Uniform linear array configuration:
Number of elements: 12
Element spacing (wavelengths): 0.75
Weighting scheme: kaiser
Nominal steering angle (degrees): -60
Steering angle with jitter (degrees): -58.123
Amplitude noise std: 0.05
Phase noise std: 0.05

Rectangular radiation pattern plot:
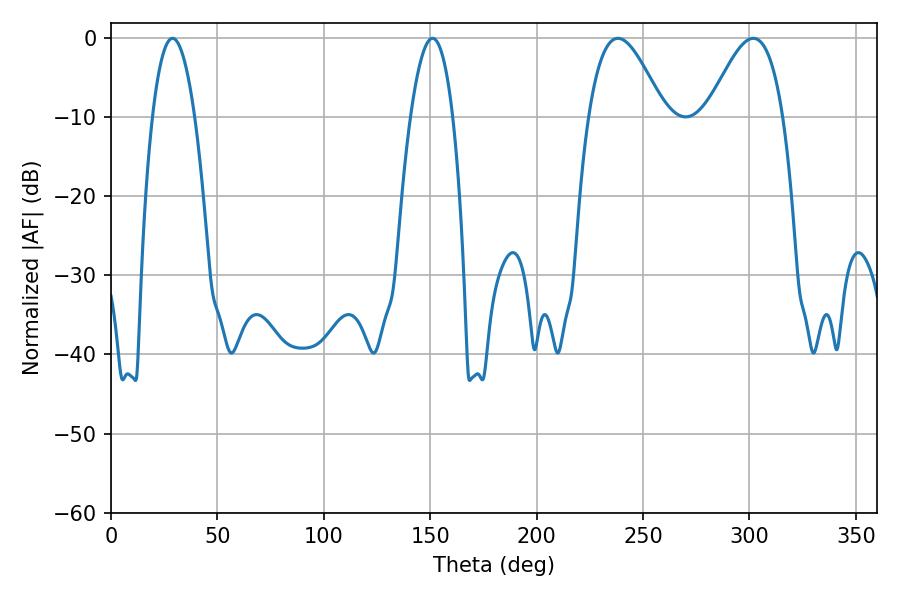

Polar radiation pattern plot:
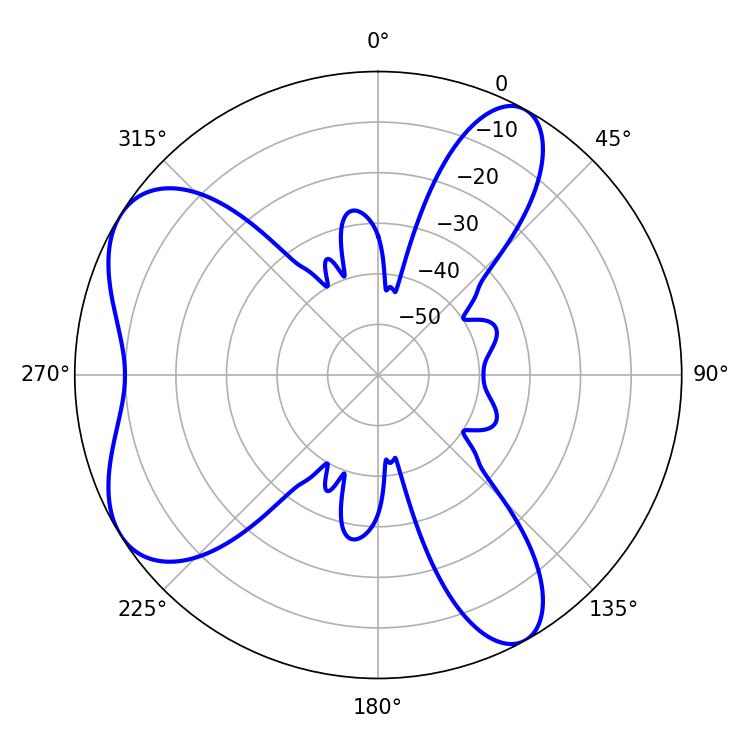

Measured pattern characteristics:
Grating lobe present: TRUE
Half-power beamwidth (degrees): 19.08
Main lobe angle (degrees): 238.14